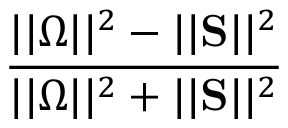
\frac { | | \boldsymbol { \Omega } | | ^ { 2 } - | | \mathbf { S } | | ^ { 2 } } { | | \boldsymbol { \Omega } | | ^ { 2 } + | | \mathbf { S } | | ^ { 2 } }